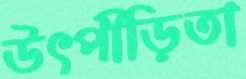
উৎপীড়িতা